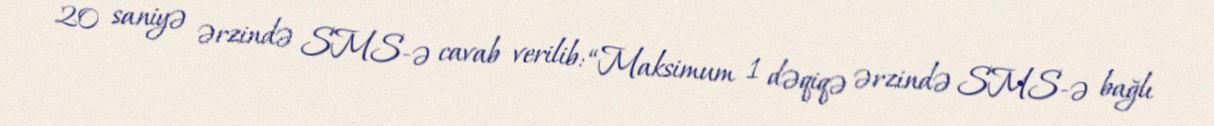
20 saniyə ərzində SMS-ə cavab verilib: “Maksimum 1 dəqiqə ərzində SMS-ə bağlı